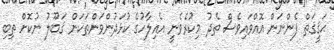
ޙަޤީޤަތް ފެންނަން އޮއްވައިވެސް ތެދު މިކުރެވެނީ އެއިލާހުގެ ކުޅަދުންވަންތަކަން ޤަބޫލު ނުކޮށް ތިބި